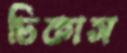
ঢিকাস